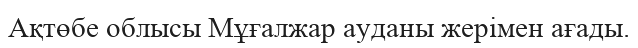
Ақтөбе облысы Мұғалжар ауданы жерімен ағады.